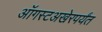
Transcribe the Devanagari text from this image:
ऑगस्टअखेरपर्यंत